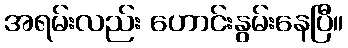
အရမ်းလည်း ဟောင်းနွမ်းနေပြီ။